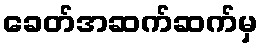
ခေတ်အဆက်ဆက်မှ